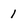
Character: 1